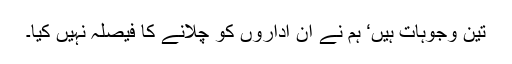
تین وجوہات ہیں‘ ہم نے ان اداروں کو چلانے کا فیصلہ نہیں کیا۔